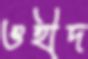
ওহীদ